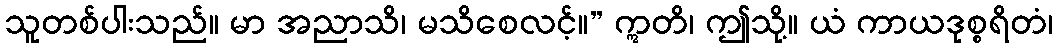
သူတစ်ပါးသည်။ မာ အညာသိ၊ မသိစေလင့်။” ဣတိ၊ ဤသို့။ ယံ ကာယဒုစ္စရိတံ၊